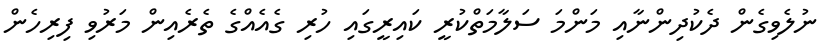
ނުލެވިގެން ދެކުދިންނާއި މަންމަ ސަލާމަތްކުރީ ކައިރީގައި ހުރި ގެއެއްގެ ތެރެއިން މަރުވި ފިރިހެން